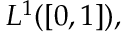
L ^ { 1 } ( [ 0 , 1 ] ) ,